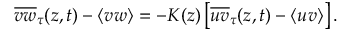
\overline { { v w } } _ { \tau } ( z , t ) - \langle v w \rangle = - K ( z ) \left[ \overline { { u v } } _ { \tau } ( z , t ) - \langle u v \rangle \right] .